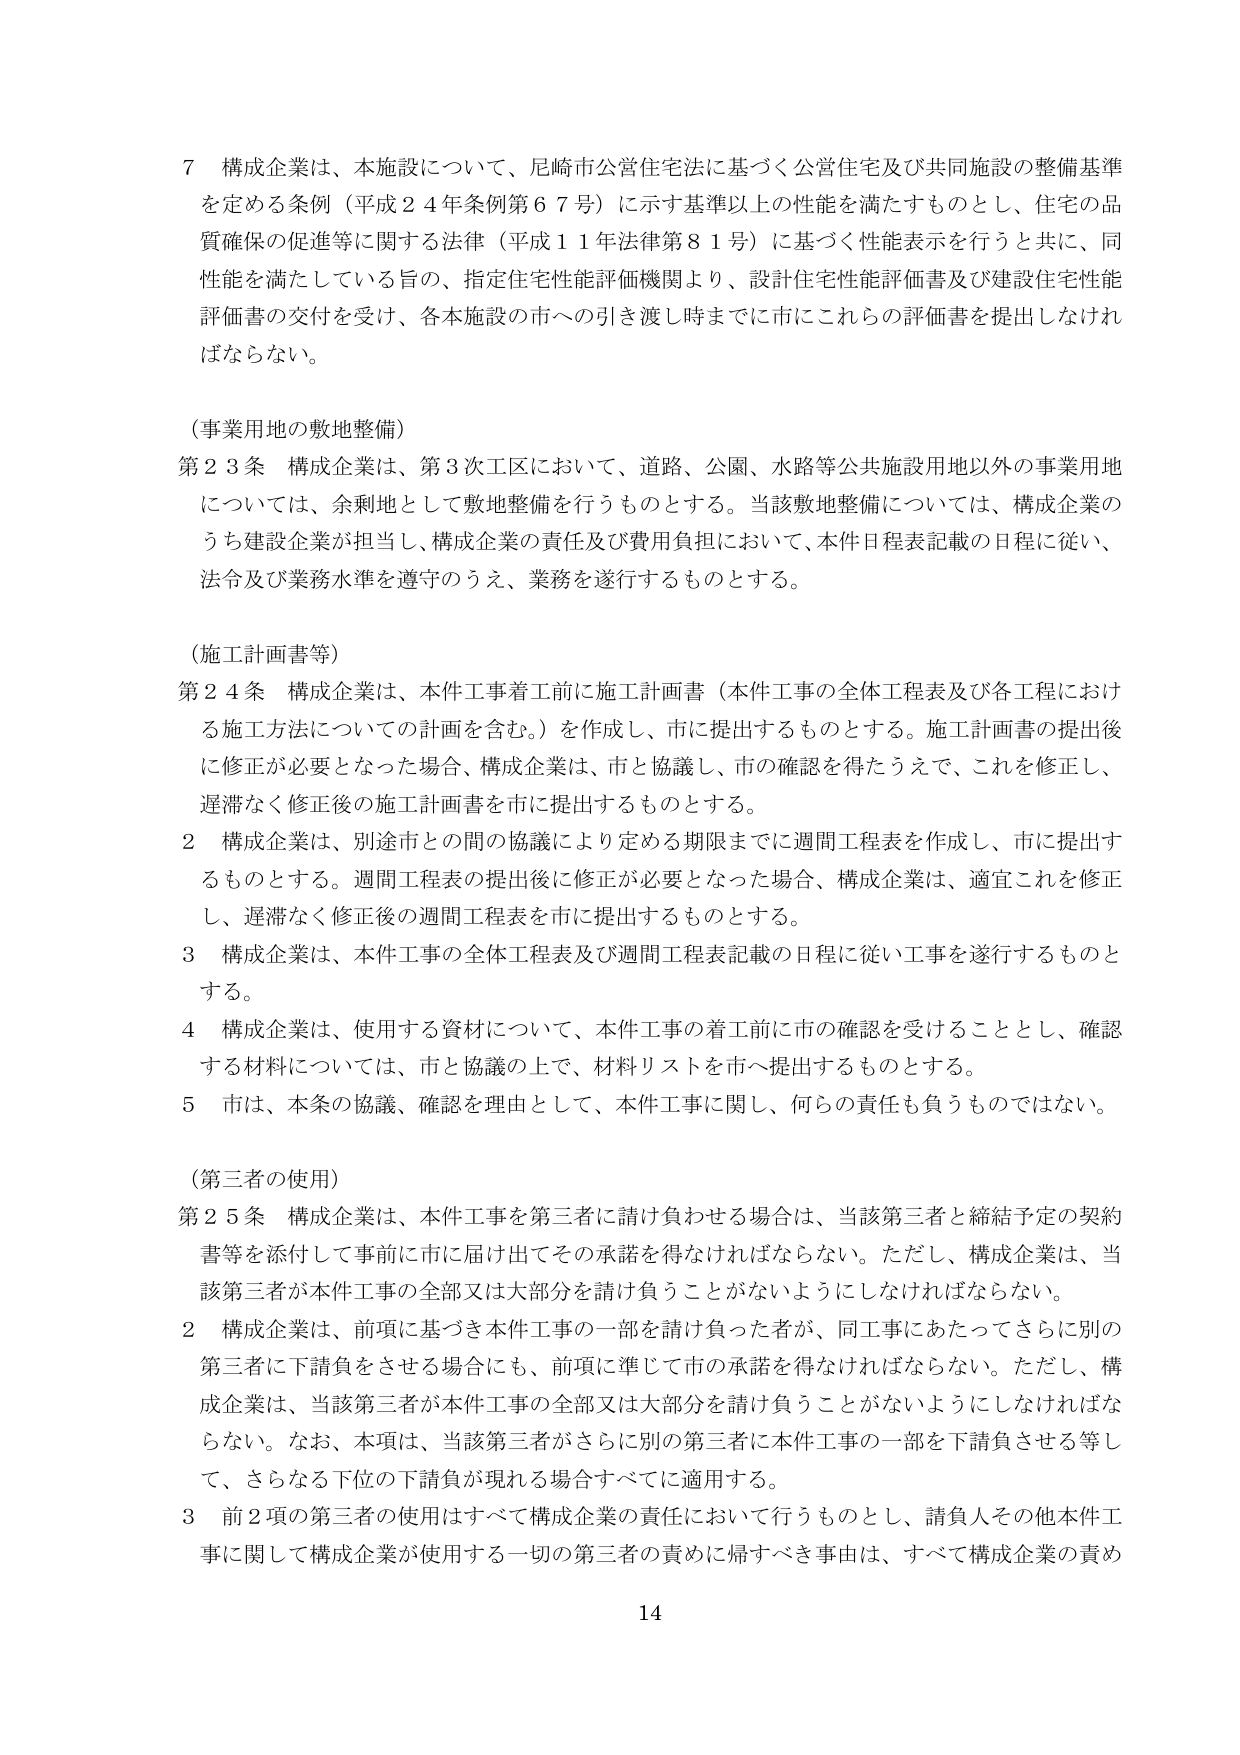
7 構成企業は、本施設について、尼崎市公営住宅法に基づく公営住宅及び共同施設の整備基準を定める条例（平成24年条例第67号）に示す基準以上の性能を満たすものとし、住宅の品質確保の促進等に関する法律（平成11年法律第81号）に基づく性能表示を行うと共に、同性能を満たしている旨の、指定住宅性能評価機関より、設計住宅性能評価書及び建設住宅性能評価書の交付を受け、各本施設の市への引き渡し時までに市にこれらの評価書を提出しなければならない。

（事業用地の敷地整備）
第23条 構成企業は、第3次工区において、道路、公園、水路等公共施設用地以外の事業用地については、余剰地として敷地整備を行うものとする。当該敷地整備については、構成企業のうち建設企業が担当し、構成企業の責任及び費用負担において、本件日程表記載の日程に従い、法令及び業務水準を遵守のうえ、業務を遂行するものとする。

（施工計画書等）
第24条 構成企業は、本件工事着工前に施工計画書（本件工事の全体工程表及び各工程における施工方法についての計画を含む。）を作成し、市に提出するものとする。施工計画書の提出後に修正が必要となった場合、構成企業は、市と協議し、市の確認を得たうえで、これを修正し、遅滞なく修正後の施工計画書を市に提出するものとする。
2 構成企業は、別途市との間の協議により定める期限までに週間工程表を作成し、市に提出するものとする。週間工程表の提出後に修正が必要となった場合、構成企業は、適宜これを修正し、遅滞なく修正後の週間工程表を市に提出するものとする。
3 構成企業は、本件工事の全体工程表及び週間工程表記載の日程に従い工事を遂行するものとする。
4 構成企業は、使用する資材について、本件工事の着工前に市の確認を受けることとし、確認する材料については、市と協議の上で、材料リストを市へ提出するものとする。
5 市は、本条の協議、確認を理由として、本件工事に関し、何らの責任も負うものではない。

（第三者の使用）
第25条 構成企業は、本件工事を第三者に請け負わせる場合は、当該第三者と締結予定の契約書等を添付して事前に市に届け出てその承諾を得なければならない。ただし、構成企業は、当該第三者が本件工事の全部又は大部分を請け負うことがないようにしなければならない。
2 構成企業は、前項に基づき本件工事の一部を請け負った者が、同工事にあたってさらに別の第三者に下請負をさせる場合にも、前項に準じて市の承諾を得なければならない。ただし、構成企業は、当該第三者が本件工事の全部又は大部分を請け負うことがないようにしなければならない。なお、本項は、当該第三者がさらに別の第三者に本件工事の一部を下請負させる等して、さらなる下位の下請負が現れる場合すべてに適用する。
3 前2項の第三者の使用はすべて構成企業の責任において行うものとし、請負人その他本件工事に関して構成企業が使用する一切の第三者の責めに帰すべき事由は、すべて構成企業の責め

14